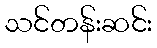
သင်တန်းဆင်း